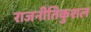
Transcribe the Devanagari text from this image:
राजनीतिकुशल